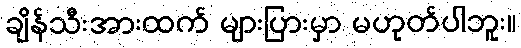
ချိန်သီးအားထက် များပြားမှာ မဟုတ်ပါဘူး။